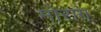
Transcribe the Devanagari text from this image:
मोराग